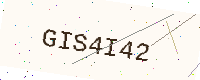
Text: GIS4I42